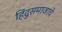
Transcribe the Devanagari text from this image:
हिंदुसमाजाचे